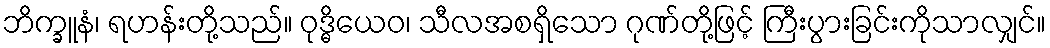
ဘိက္ခူနံ၊ ရဟန်းတို့သည်။ ဝုဒ္ဓိယေဝ၊ သီလအစရှိသော ဂုဏ်တို့ဖြင့် ကြီးပွားခြင်းကိုသာလျှင်။